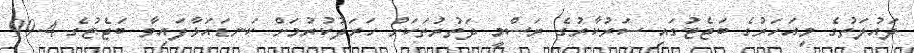
ދައުލަތުގެ މިއަހަރުގެ ބަޖެޓުގައި ސަރުކާރުގެ ރަސްމީ ދަތުރުތަކަށް ހަރަދުކުރުމަށް ކަނޑައަޅާފައިވާ ބަޖެޓުގެ 99.4